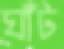
ঘাঁট